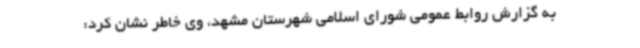
به گزارش روابط عمومی شورای اسلامی شهرستان مشهد، وی خاطر نشان کرد: